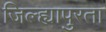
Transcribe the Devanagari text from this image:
जिल्ह्यापुरता